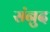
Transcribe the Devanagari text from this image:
संनुद